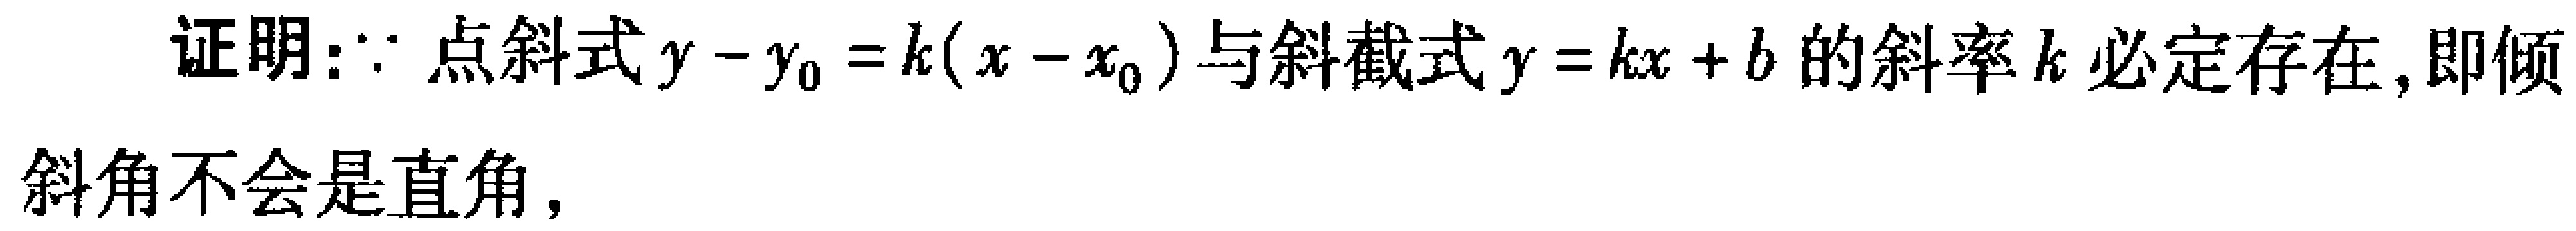
证明：$\because$点斜式$y - y_0 = k(x - x_0)$与斜截式$y = kx + b$的斜率$k$必定存在,即倾斜角不会是直角，